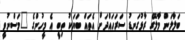
ބަލާލަން މާލޭގެ ރާޅުގަނޑު ސަރަހައްދަށް އެތައް ބަޔަކު ތިބީ އެ މީހުންގެ "މަސްނުވީ